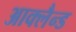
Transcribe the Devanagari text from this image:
आक्लैन्ड